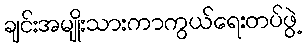
ချင်းအမျိုးသားကာကွယ်ရေးတပ်ဖွဲ့